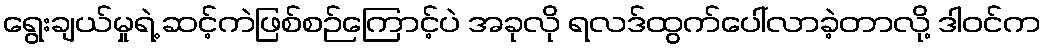
ရွေးချယ်မှုရဲ့ ဆင့်ကဲဖြစ်စဉ်ကြောင့်ပဲ အခုလို ရလဒ်ထွက်ပေါ်လာခဲ့တာလို့ ဒါဝင်က